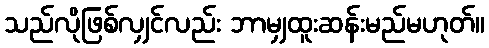
သည်လိုဖြစ်လျှင်လည်း ဘာမျှထူးဆန်းမည်မဟုတ်။